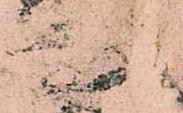
知